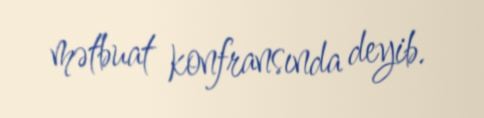
mətbuat konfransında deyib.